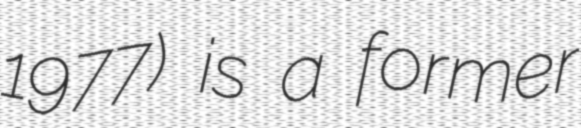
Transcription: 1977) is a former